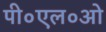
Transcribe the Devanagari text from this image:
पी०एल०ओ